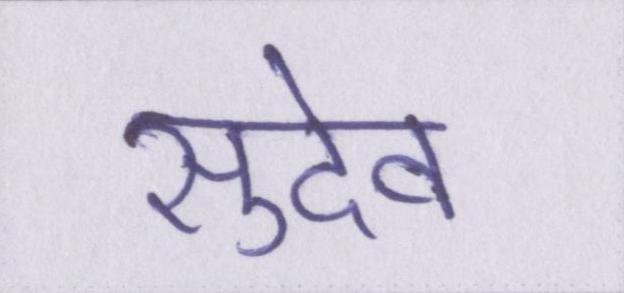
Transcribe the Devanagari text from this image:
सुदेव